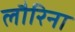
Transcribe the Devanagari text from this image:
लौरिना